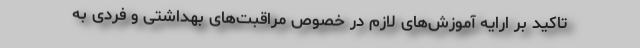
تاکید بر ارایه آموزش‌های لازم در خصوص مراقبت‌های بهداشتی و فردی به